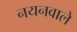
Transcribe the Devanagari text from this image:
नयनवाले